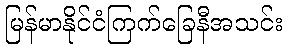
မြန်မာနိုင်ငံကြက်ခြေနီအသင်း